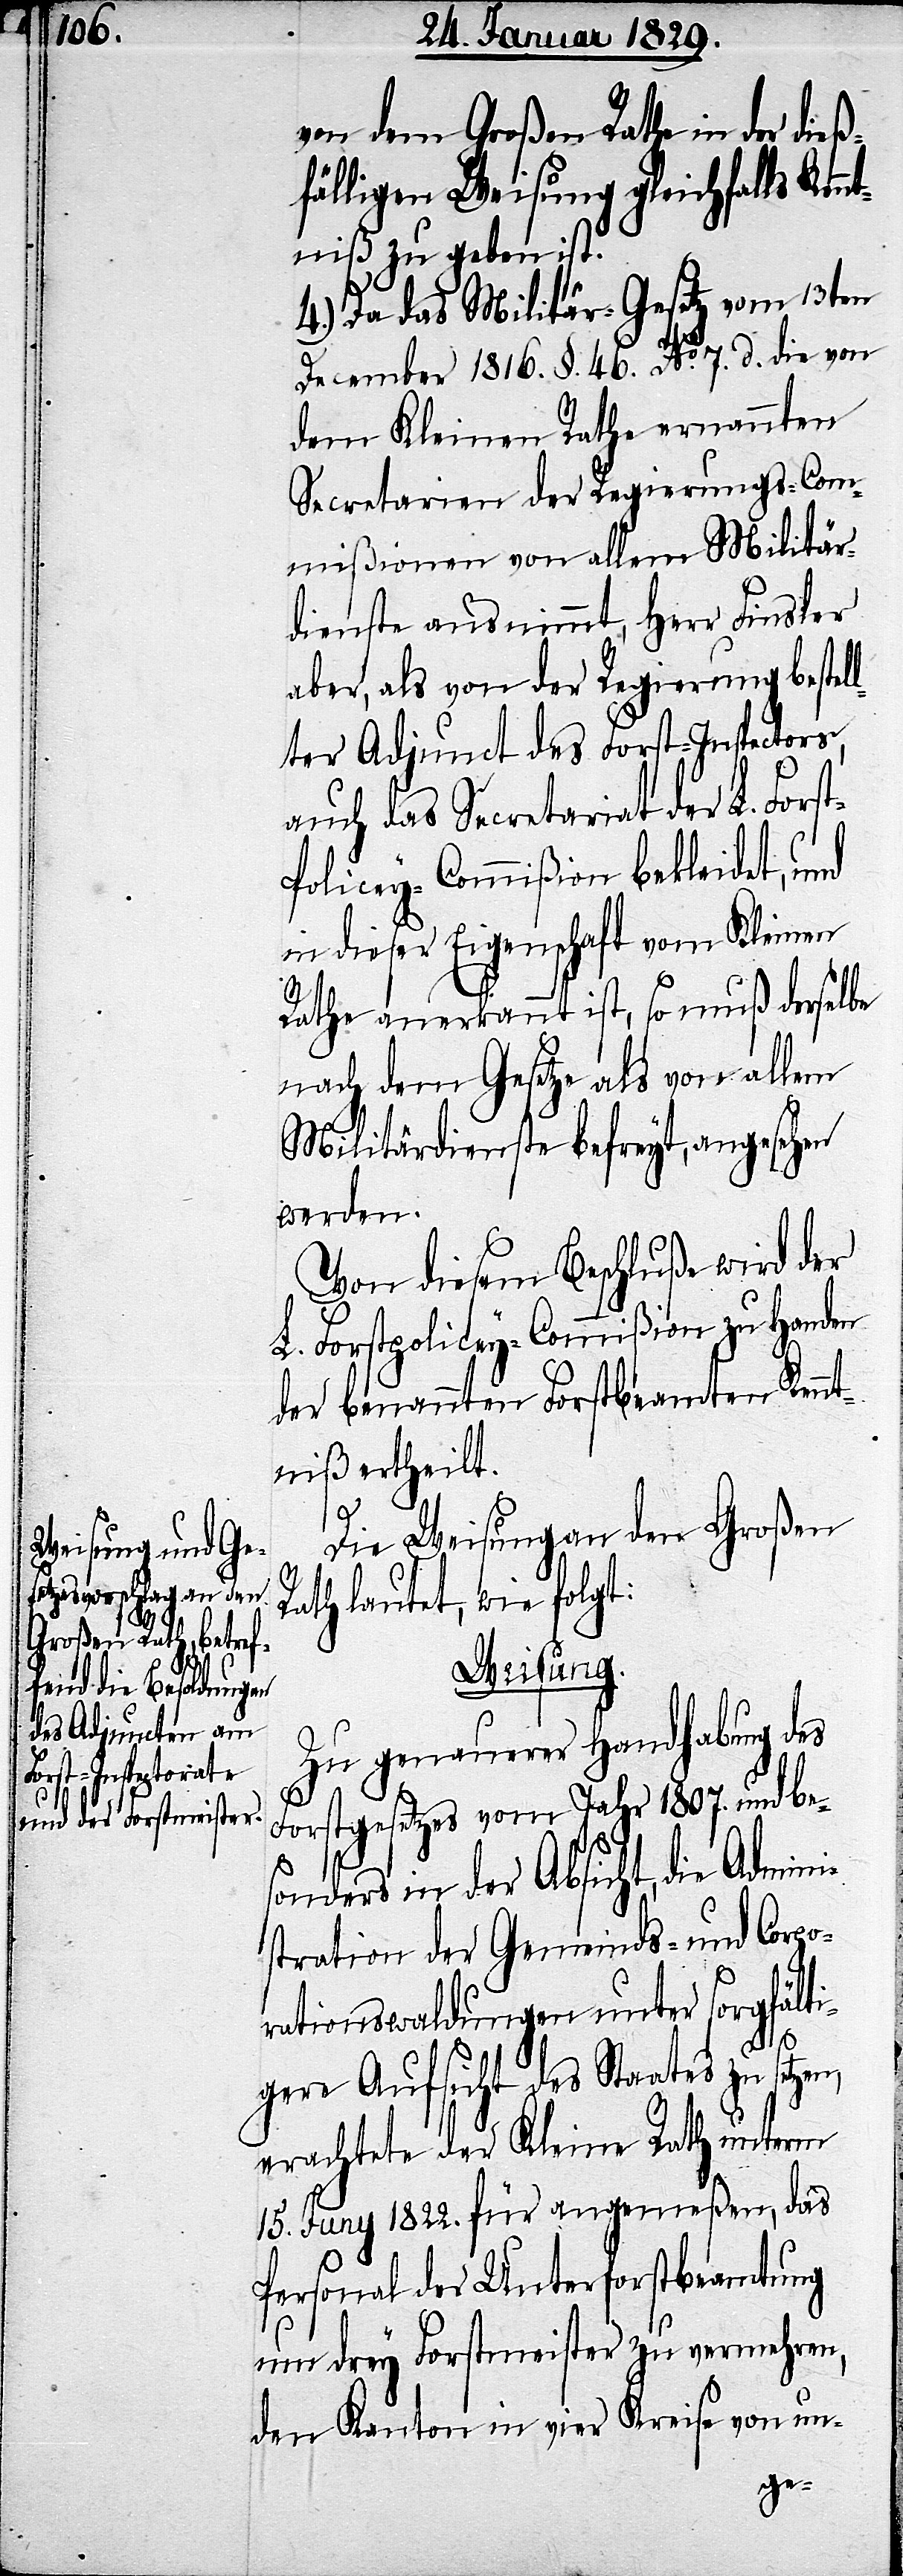
von dem Großen Rathe in der dieß¬
fälligen Weisung gleichfalls Ken¬
ntniß zu geben ist.
4.) Da das Militär-Gesetz vom 13ten
December 1816. §. 46. No. 7. d. die von
dem Kleinen Rathe ernannten
Secretarien der Regierungs-Com¬
mißionen von allem Militär¬
dienste ausnimmt, Herr Finsler
aber, als von der Regierung bestel¬
lter Adjunct des Forst-Inspectors,
auch das Secretariat der L. Fors¬
olicey-Commißion bekleidet, und
in dieser Eigenschaft vom Kleinen
Rath anerkannt ist, so muß derselbe
nach dem Gesetze als von allem
Militärdiensten befreyt, angesehen
werden.
Von diesem Beschluße wird der
L. Forstpolicey-Commißion zu Handen
der benannten Forstbeamten Kennt¬
niß ertheilt.
t-P¬
Die Weisung an den Großen
Rath lautet, wie folgt:
Weisung.
Zu genauerer Handhabung des
Forstgesetzes vom Jahr 1807. und be¬
sonders in der Absicht, die Admini¬
stration der Gemeinds- und Corpo¬
rationswaldungen unter sorgfälti¬
gere Aufsicht des Staates zu
erachtete der Kleine Rath unterm
15. Juny 1822. für angemeßen, das
Personal der Unterforstbeamtung
um drey Forstmeister zu vermehren,
den Kanton in vier Kreise von un-